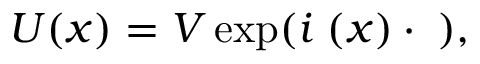
U ( x ) = V \exp ( i { \bf \Theta } ( x ) \cdot { \bf \sigma } ) ,